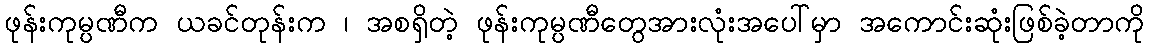
ဖုန်းကုမ္ပဏီက ယခင်တုန်းက ၊ အစရှိတဲ့ ဖုန်းကုမ္ပဏီတွေအားလုံးအပေါ်မှာ အကောင်းဆုံးဖြစ်ခဲ့တာကို